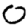
Digit: 0